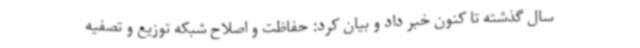
سال گذشته تا کنون خبر داد و بیان کرد: حفاظت و اصلاح شبکه توزیع و تصفیه